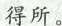
得所。